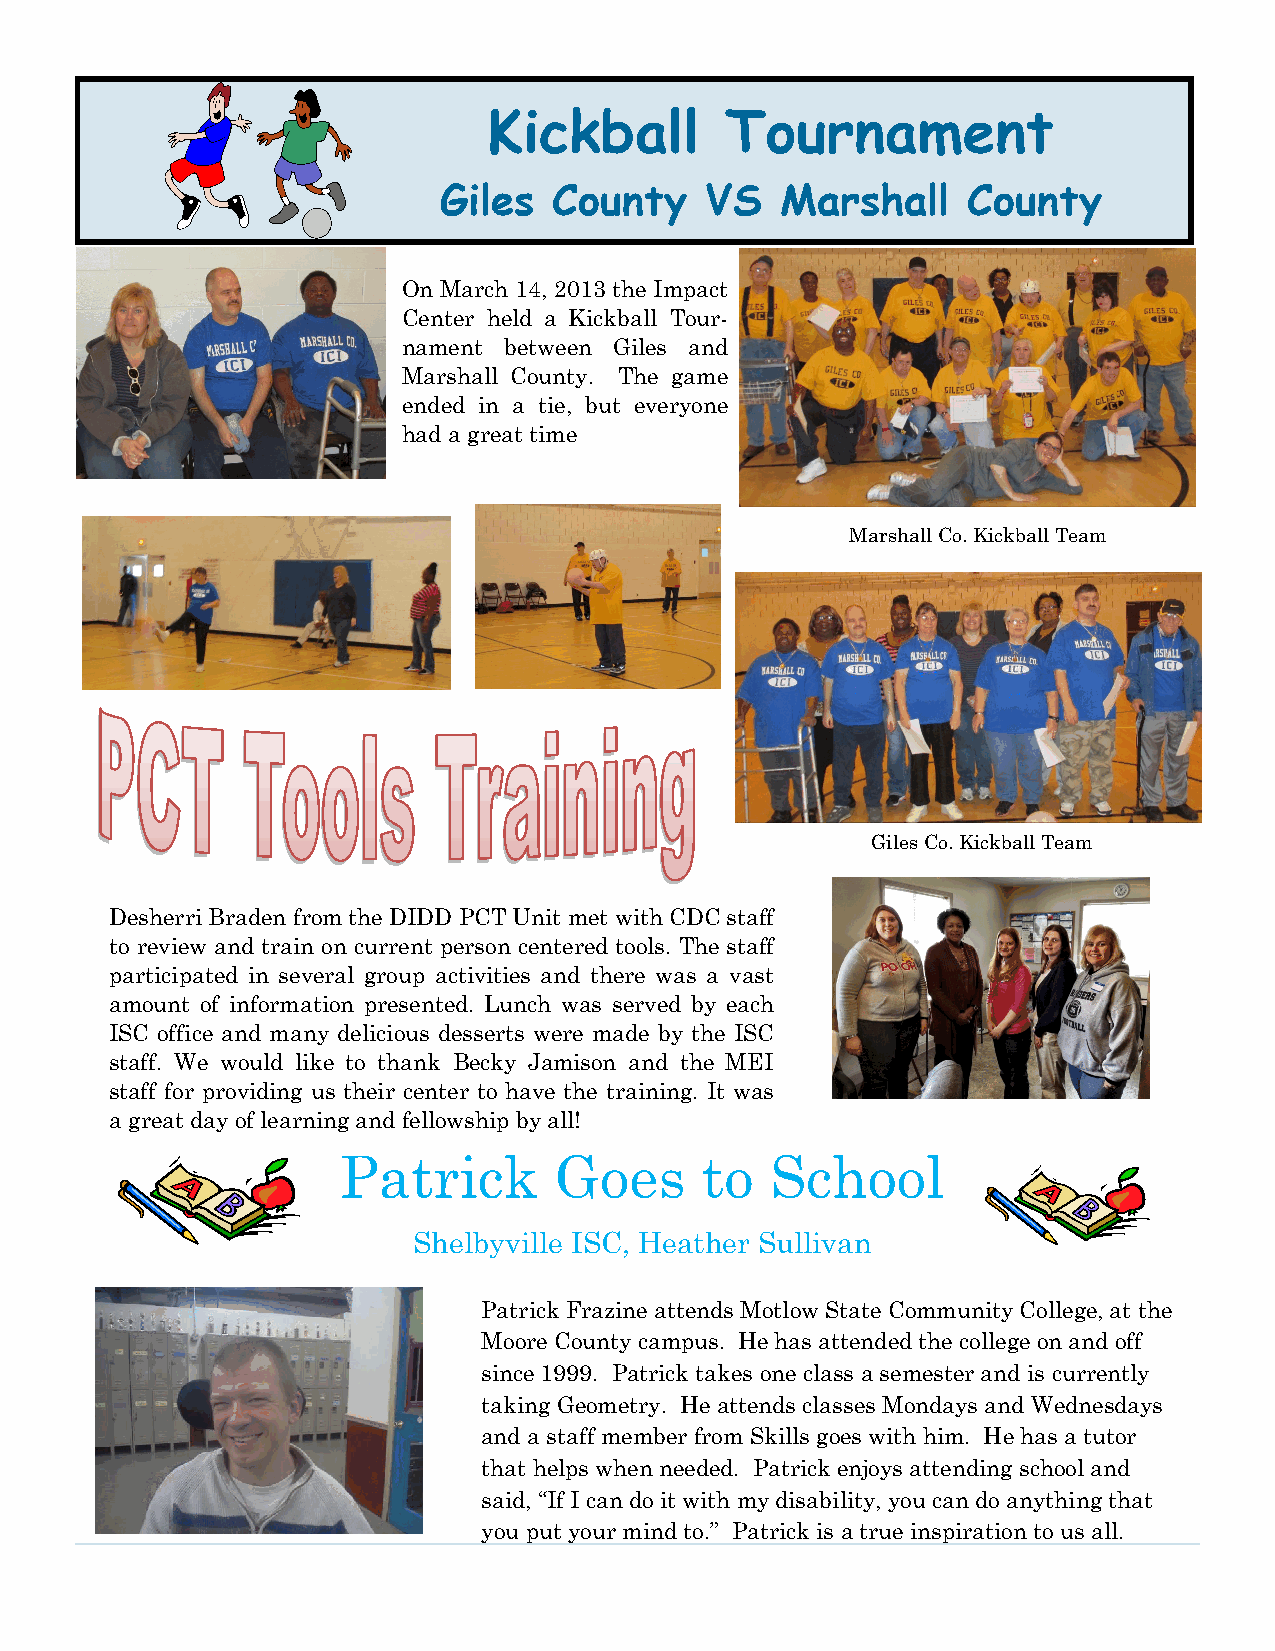
Kickball        Tournament
 Giles   County    VS   Marshall    County
 On March 14, 2013 the Impact
 Center held a Kickball Tour-
 nament between Giles and
 Marshall County. The game
 ended in a tie, but everyone
 had a great time
 Marshall Co. Kickball Team
 Giles Co. Kickball Team
 Desherri Braden from the DIDD PCT Unit met with CDC staff
 to review and train on current person centered tools. The staff
 participated in several group activities and there was a vast
 amount of information presented. Lunch was served by each
 ISC office and many delicious desserts were made by the ISC
 staff. We would like to thank Becky Jamison and the MEI
 staff for providing us their center to have the training. It was
 a great day of learning and fellowship by all!
 Patrick        Goes     to   School
 Shelbyville ISC, Heather Sullivan
 Patrick Frazine attends Motlow State Community College, at the
 Moore County campus. He has attended the college on and off
 since 1999. Patrick takes one class a semester and is currently
 taking Geometry. He attends classes Mondays and Wednesdays
 and a staff member from Skills goes with him. He has a tutor
 that helps when needed. Patrick enjoys attending school and
 said, “If I can do it with my disability, you can do anything that
 you put your mind to.” Patrick is a true inspiration to us all.